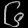
Digit: ၆